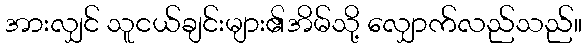
အားလျှင် သူငယ်ချင်းများ၏အိမ်သို့ လျှောက်လည်သည်။